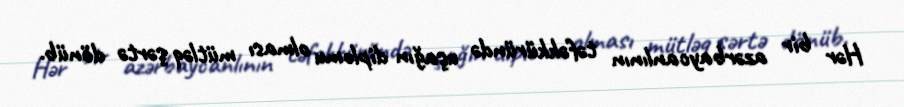
Hər bir azərbaycanlının təfəkküründə uşağın diplomu olması mütləq şərtə dönüb.